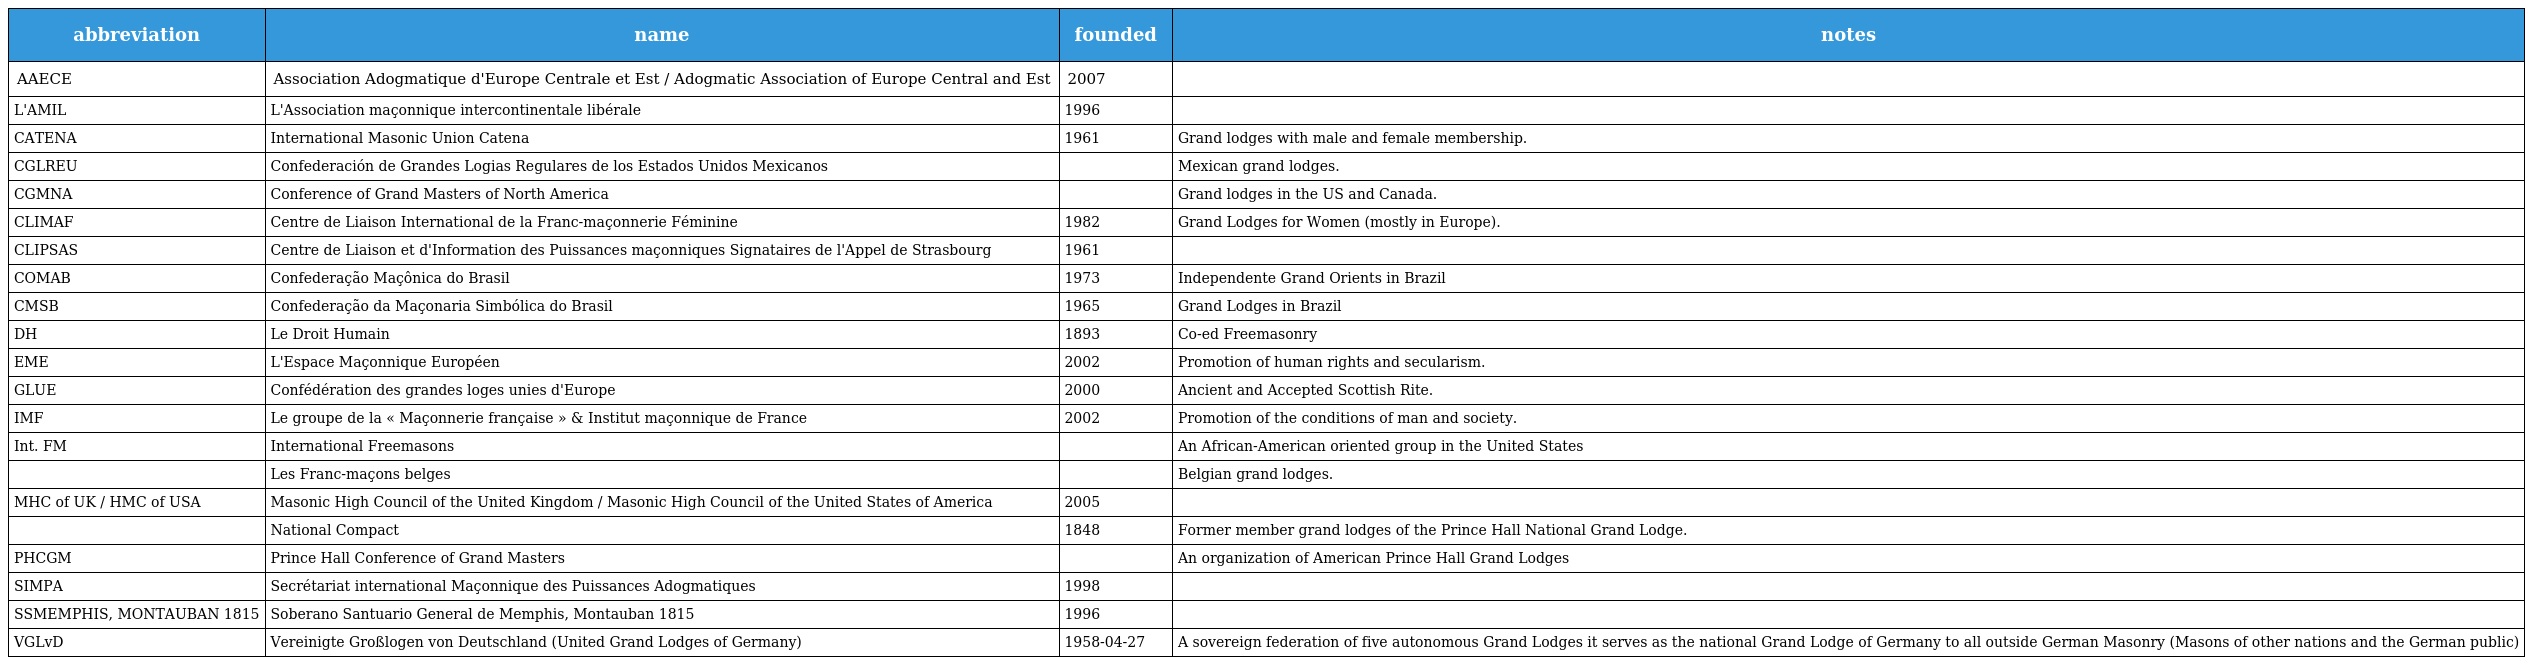
| abbreviation | name | founded | notes |
 | --- | --- | --- | --- |
 | AAECE | Association Adogmatique d'Europe Centrale et Est / Adogmatic Association of Europe Central and Est | 2007 |  |
 | L'AMIL | L'Association maçonnique intercontinentale libérale | 1996 |  |
 | CATENA | International Masonic Union Catena | 1961 | Grand lodges with male and female membership. |
 | CGLREU | Confederación de Grandes Logias Regulares de los Estados Unidos Mexicanos |  | Mexican grand lodges. |
 | CGMNA | Conference of Grand Masters of North America |  | Grand lodges in the US and Canada. |
 | CLIMAF | Centre de Liaison International de la Franc-maçonnerie Féminine | 1982 | Grand Lodges for Women (mostly in Europe). |
 | CLIPSAS | Centre de Liaison et d'Information des Puissances maçonniques Signataires de l'Appel de Strasbourg | 1961 |  |
 | COMAB | Confederação Maçônica do Brasil | 1973 | Independente Grand Orients in Brazil |
 | CMSB | Confederação da Maçonaria Simbólica do Brasil | 1965 | Grand Lodges in Brazil |
 | DH | Le Droit Humain | 1893 | Co-ed Freemasonry |
 | EME | L'Espace Maçonnique Européen | 2002 | Promotion of human rights and secularism. |
 | GLUE | Confédération des grandes loges unies d'Europe | 2000 | Ancient and Accepted Scottish Rite. |
 | IMF | Le groupe de la « Maçonnerie française » & Institut maçonnique de France | 2002 | Promotion of the conditions of man and society. |
 | Int. FM | International Freemasons |  | An African-American oriented group in the United States |
 |  | Les Franc-maçons belges |  | Belgian grand lodges. |
 | MHC of UK / HMC of USA | Masonic High Council of the United Kingdom / Masonic High Council of the United States of America | 2005 |  |
 |  | National Compact | 1848 | Former member grand lodges of the Prince Hall National Grand Lodge. |
 | PHCGM | Prince Hall Conference of Grand Masters |  | An organization of American Prince Hall Grand Lodges |
 | SIMPA | Secrétariat international Maçonnique des Puissances Adogmatiques | 1998 |  |
 | SSMEMPHIS, MONTAUBAN 1815 | Soberano Santuario General de Memphis, Montauban 1815 | 1996 |  |
 | VGLvD | Vereinigte Großlogen von Deutschland (United Grand Lodges of Germany) | 1958-04-27 | A sovereign federation of five autonomous Grand Lodges it serves as the national Grand Lodge of Germany to all outside German Masonry (Masons of other nations and the German public) |